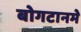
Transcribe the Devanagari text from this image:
बोगटानमे